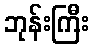
ဘုန်းကြီး